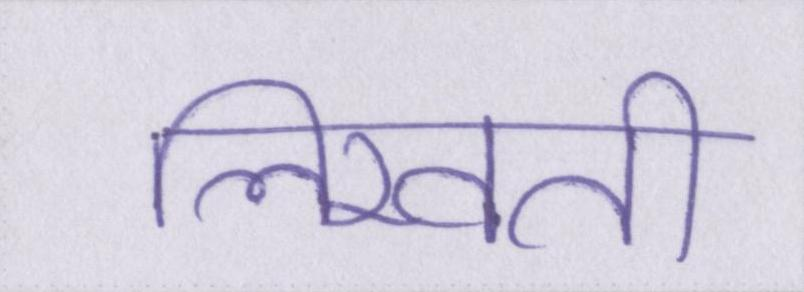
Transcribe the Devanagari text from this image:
लिखती